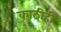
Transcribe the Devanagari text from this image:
काठीही